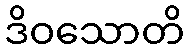
ဒိဝသောတိ